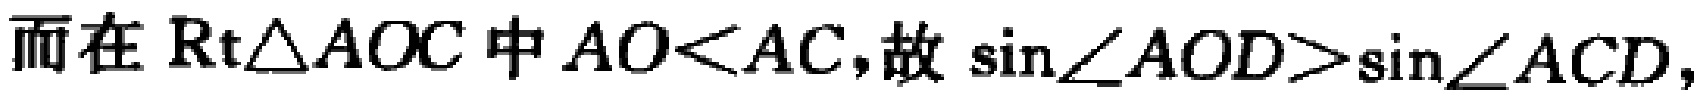
而在$\text{Rt}\triangle AOC$中$AO<AC,$故$\sin\angle AOD>\sin\angle ACD,$